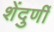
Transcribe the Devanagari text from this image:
शेंदुर्णी